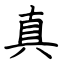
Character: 真